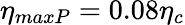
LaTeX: \eta_{maxP}=0.08\eta_{c}